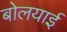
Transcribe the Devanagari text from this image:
बोलयाई